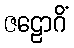
ဇဠောဂိံ